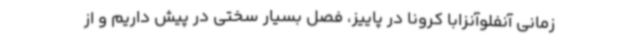
‌زمانی آنفلوآنزابا کرونا در پاییز، فصل بسیار سختی در پیش داریم و از